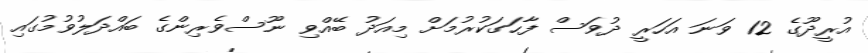
އުރީދޫގެ 12 ވަނަ އަހަރީ ދުވަސް ފާހަގަކުރުމަށް މިއަދު ބޭއްވި ނޫސްވެރިންގެ ބައްދަލުވުމުގައި